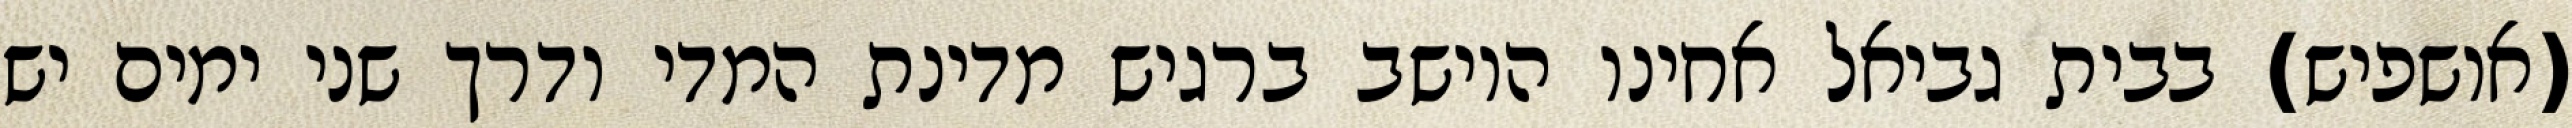
(אושפיש) בבית גביאל אחינו היושב ברגיש מדינת המדי ודרך שני ימים יש